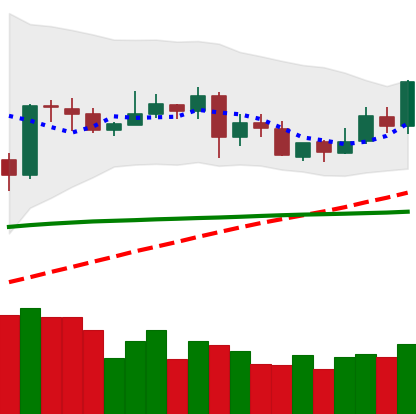
Ticker: XLM-USD
Chart end date: 2020-05-30
Forward return: 13.861%
Label: up_7plus